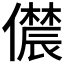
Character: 𫣳